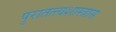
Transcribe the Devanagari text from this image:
पुरातत्त्वशास्त्रास